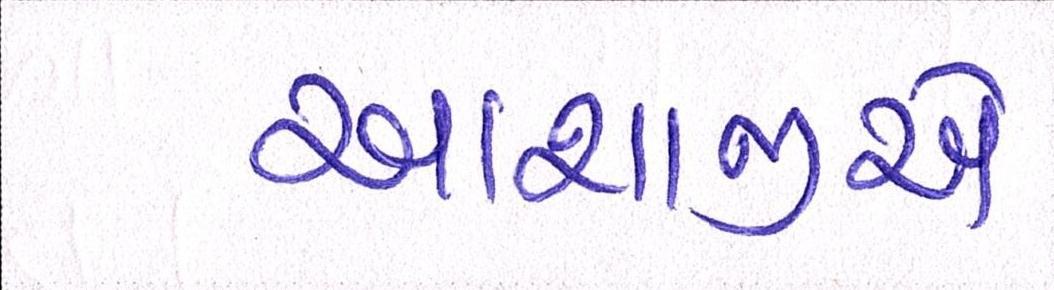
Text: આશાજીને